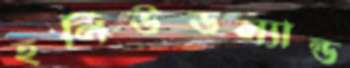
হলিউডল্যান্ড